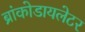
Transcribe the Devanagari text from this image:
ब्रांकोडायलेटर